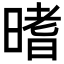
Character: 𣉟